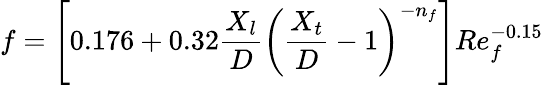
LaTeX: f=\left[0.176+0.32\frac{X_{l}}{D}\left(\frac{X_{t}}{D}-1\right)^{-n_{f}}\right]Re_{f}^{-0.15}